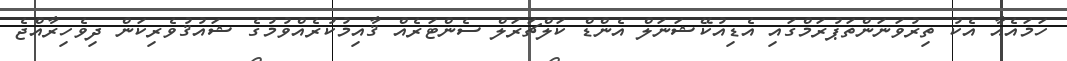
ހަމައެއާ އެކު ތިރުވަނަންތަޕުރަމްގައި އެޑިއުކޭޝަނަލް އެންޑް ކަލްޗަރަލް ސެންޓަރެއް ޤާއިމުކުރެއްވުމުގެ ޝައުޤުވެރިކަން ދިވެހިރާއްޖެ